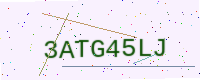
Text: 3ATG45LJ